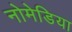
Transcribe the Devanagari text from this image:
नोमेडिया